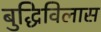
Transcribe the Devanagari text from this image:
बुद्धिविलास